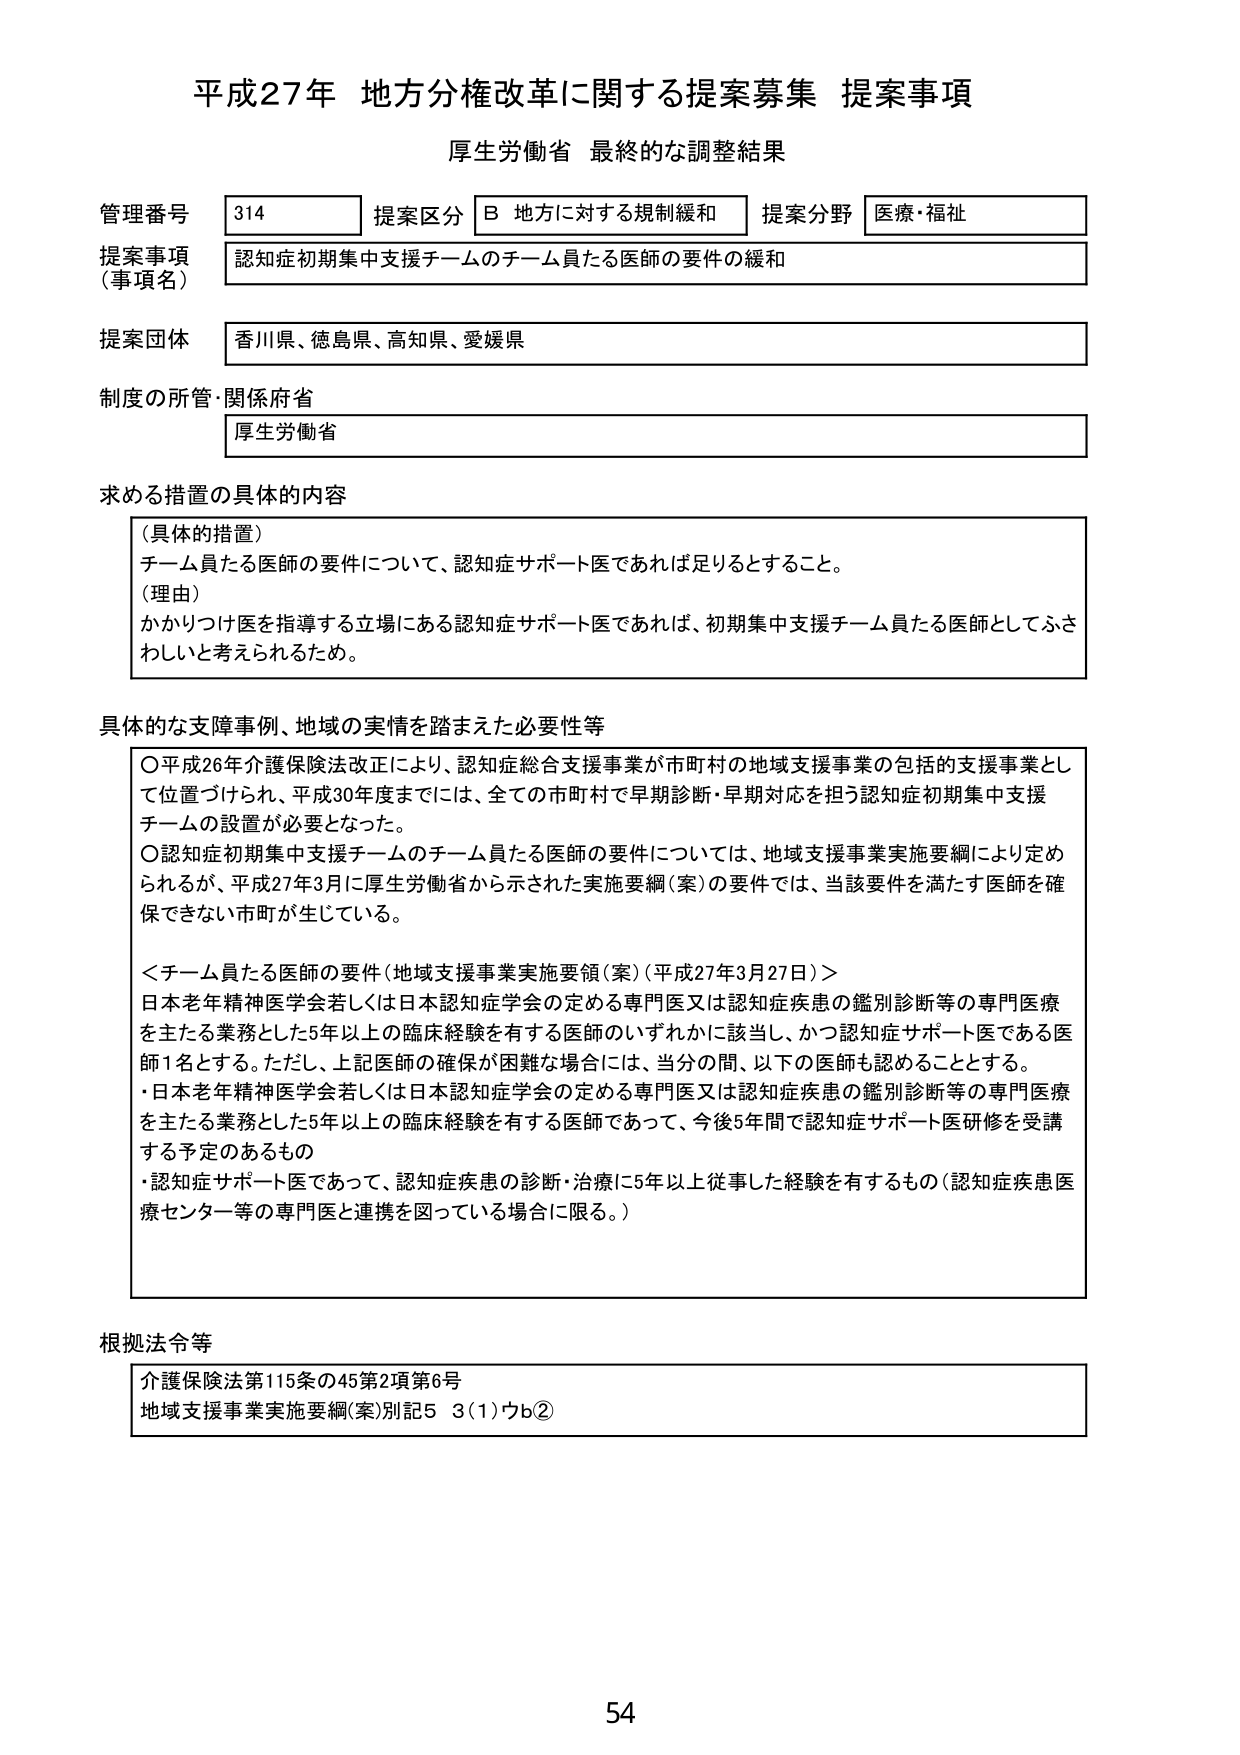
平成27年 地方分権改革に関する提案募集 提案事項
厚生労働省 最終的な調整結果

管理番号 314
提案区分 B 地方に対する規制緩和
提案分野 医療・福祉

提案事項（事項名）
認知症初期集中支援チームのチーム員たる医師の要件の緩和

提案団体
香川県、徳島県、高知県、愛媛県

制度の所管・関係府省
厚生労働省

求める措置の具体的内容
（具体的措置）
チーム員たる医師の要件について、認知症サポート医であれば足りるとすること。
（理由）
かかりつけ医を指導する立場にある認知症サポート医であれば、初期集中支援チーム員たる医師としてふさわしいと考えられるため。

具体的な支援事例、地域の実情を踏まえた必要性等
〇平成26年介護保険法改正により、認知症総合支援事業が市町村の地域支援事業の包括的支援事業として位置づけられ、平成30年度までには、全ての市町村で早期診断・早期対応を担う認知症初期集中支援チームの設置が必要となった。
〇認知症初期集中支援チームのチーム員たる医師の要件については、地域支援事業実施要綱により定められるが、平成27年3月に厚生労働省から示された実施要綱（案）の要件では、当該要件を満たす医師を確保できない市町が生じている。

＜チーム員たる医師の要件（地域支援事業実施要領（案）（平成27年3月27日）＞
日本老年精神医学会若しくは日本認知症学会の定める専門医又は認知症疾患の鑑別診断等の専門医療を主たる業務とした5年以上の臨床経験を有する医師のいずれかに該当し、かつ認知症サポート医である医師1名とする。ただし、上記医師の確保が困難な場合には、当分の間、以下の医師も認めることとする。
・日本老年精神医学会若しくは日本認知症学会の定める専門医又は認知症疾患の鑑別診断等の専門医療を主たる業務とした5年以上の臨床経験を有する医師であって、今後5年間で認知症サポート医研修を受講する予定のあるもの
・認知症サポート医であって、認知症疾患の診断・治療に5年以上従事した経験を有するもの（認知症疾患医療センター等の専門医と連携を図っている場合に限る。）

根拠法令等
介護保険法第115条の45第2項第6号
地域支援事業実施要綱（案）別記5 3(1)ウb②

54